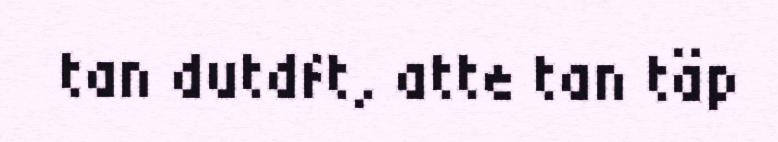
tan dutdft, atte tan täp